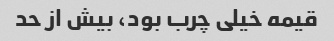
قیمه خیلی چرب بود، بیش از حد